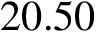
2 0 . 5 0